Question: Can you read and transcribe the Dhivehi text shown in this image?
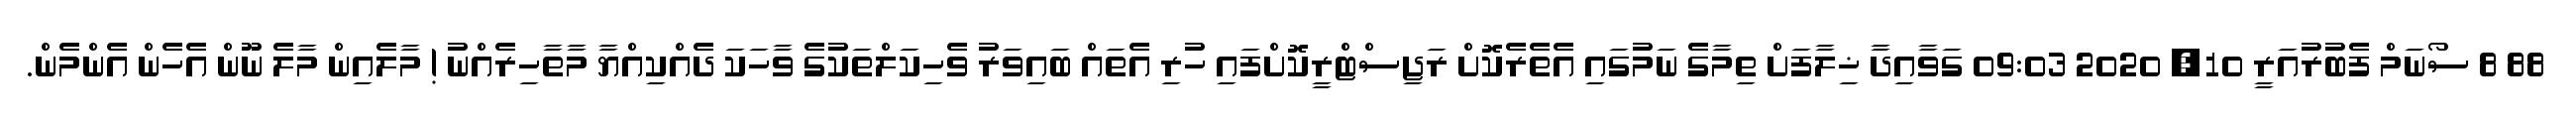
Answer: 88 8 ސޯނަމް ފެބުރުއަރީ 10, 2020 09:03 ގަވާއިދާ ޚިލާފަށް ތިމާގެ ނަމުގައި އެތެރެކޮށް ރަޖިސްޓްރީކޮށްފައި ހުރި އެތައް ބައިވަރު ވެހިކަލްތަކުގެ ވާހަކަ ދެއްކިއްޔާ މާތާހިރެއްނު ! މާލެއިން މާލެ ނޫން އެހެން އެންމެން.